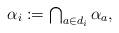
LaTeX: \begin{align*}\textstyle\alpha_i := \bigcap_{a \in d_i} \alpha_a,\end{align*}